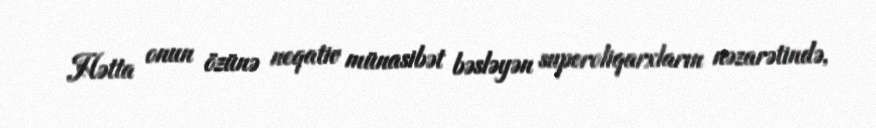
Hətta onun özünə neqativ münasibət bəsləyən superoliqarxların nəzarətində,